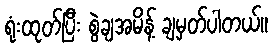
ရုံးထုတ်ပြီး စွဲချအမိန့် ချမှတ်ပါတယ်။